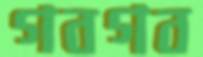
গবগব